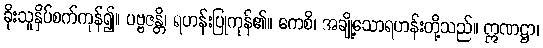
ခိုးသူနှိပ်စက်ကုန်၍။ ပဗ္ဗဇန္တိ၊ ရဟန်းပြုကုန်၏။ ကေစိ၊ အချို့သောရဟန်းတို့သည်။ ဣဏဋ္ဌာ၊